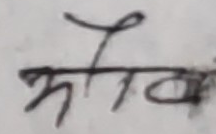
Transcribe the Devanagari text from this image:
झौगव